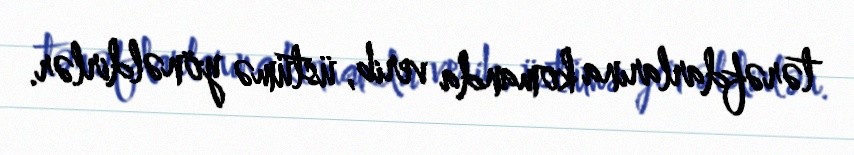
tərəfdarlarına komanda verib, üstümə yönəldirlər.